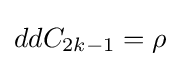
ddC_{2k-1}=\rho